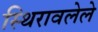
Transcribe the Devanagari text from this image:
स्थिरावलेले